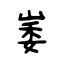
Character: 崣